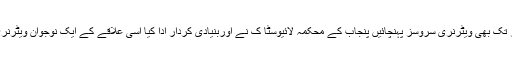
ان پہاڑوں میں موجود فارمرز تک بھی ویٹرنری سروسز پہنچائیں پنجاب کے محکمہ لائیوسٹا ک نے اوربنیادی کردار ادا کیا اسی علاقے کے ایک نوجوان ویٹرنری ڈاکٹر نجیب اللہ لغاری نے۔